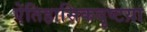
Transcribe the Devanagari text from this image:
ऐतिहासिकदृष्टय़ा